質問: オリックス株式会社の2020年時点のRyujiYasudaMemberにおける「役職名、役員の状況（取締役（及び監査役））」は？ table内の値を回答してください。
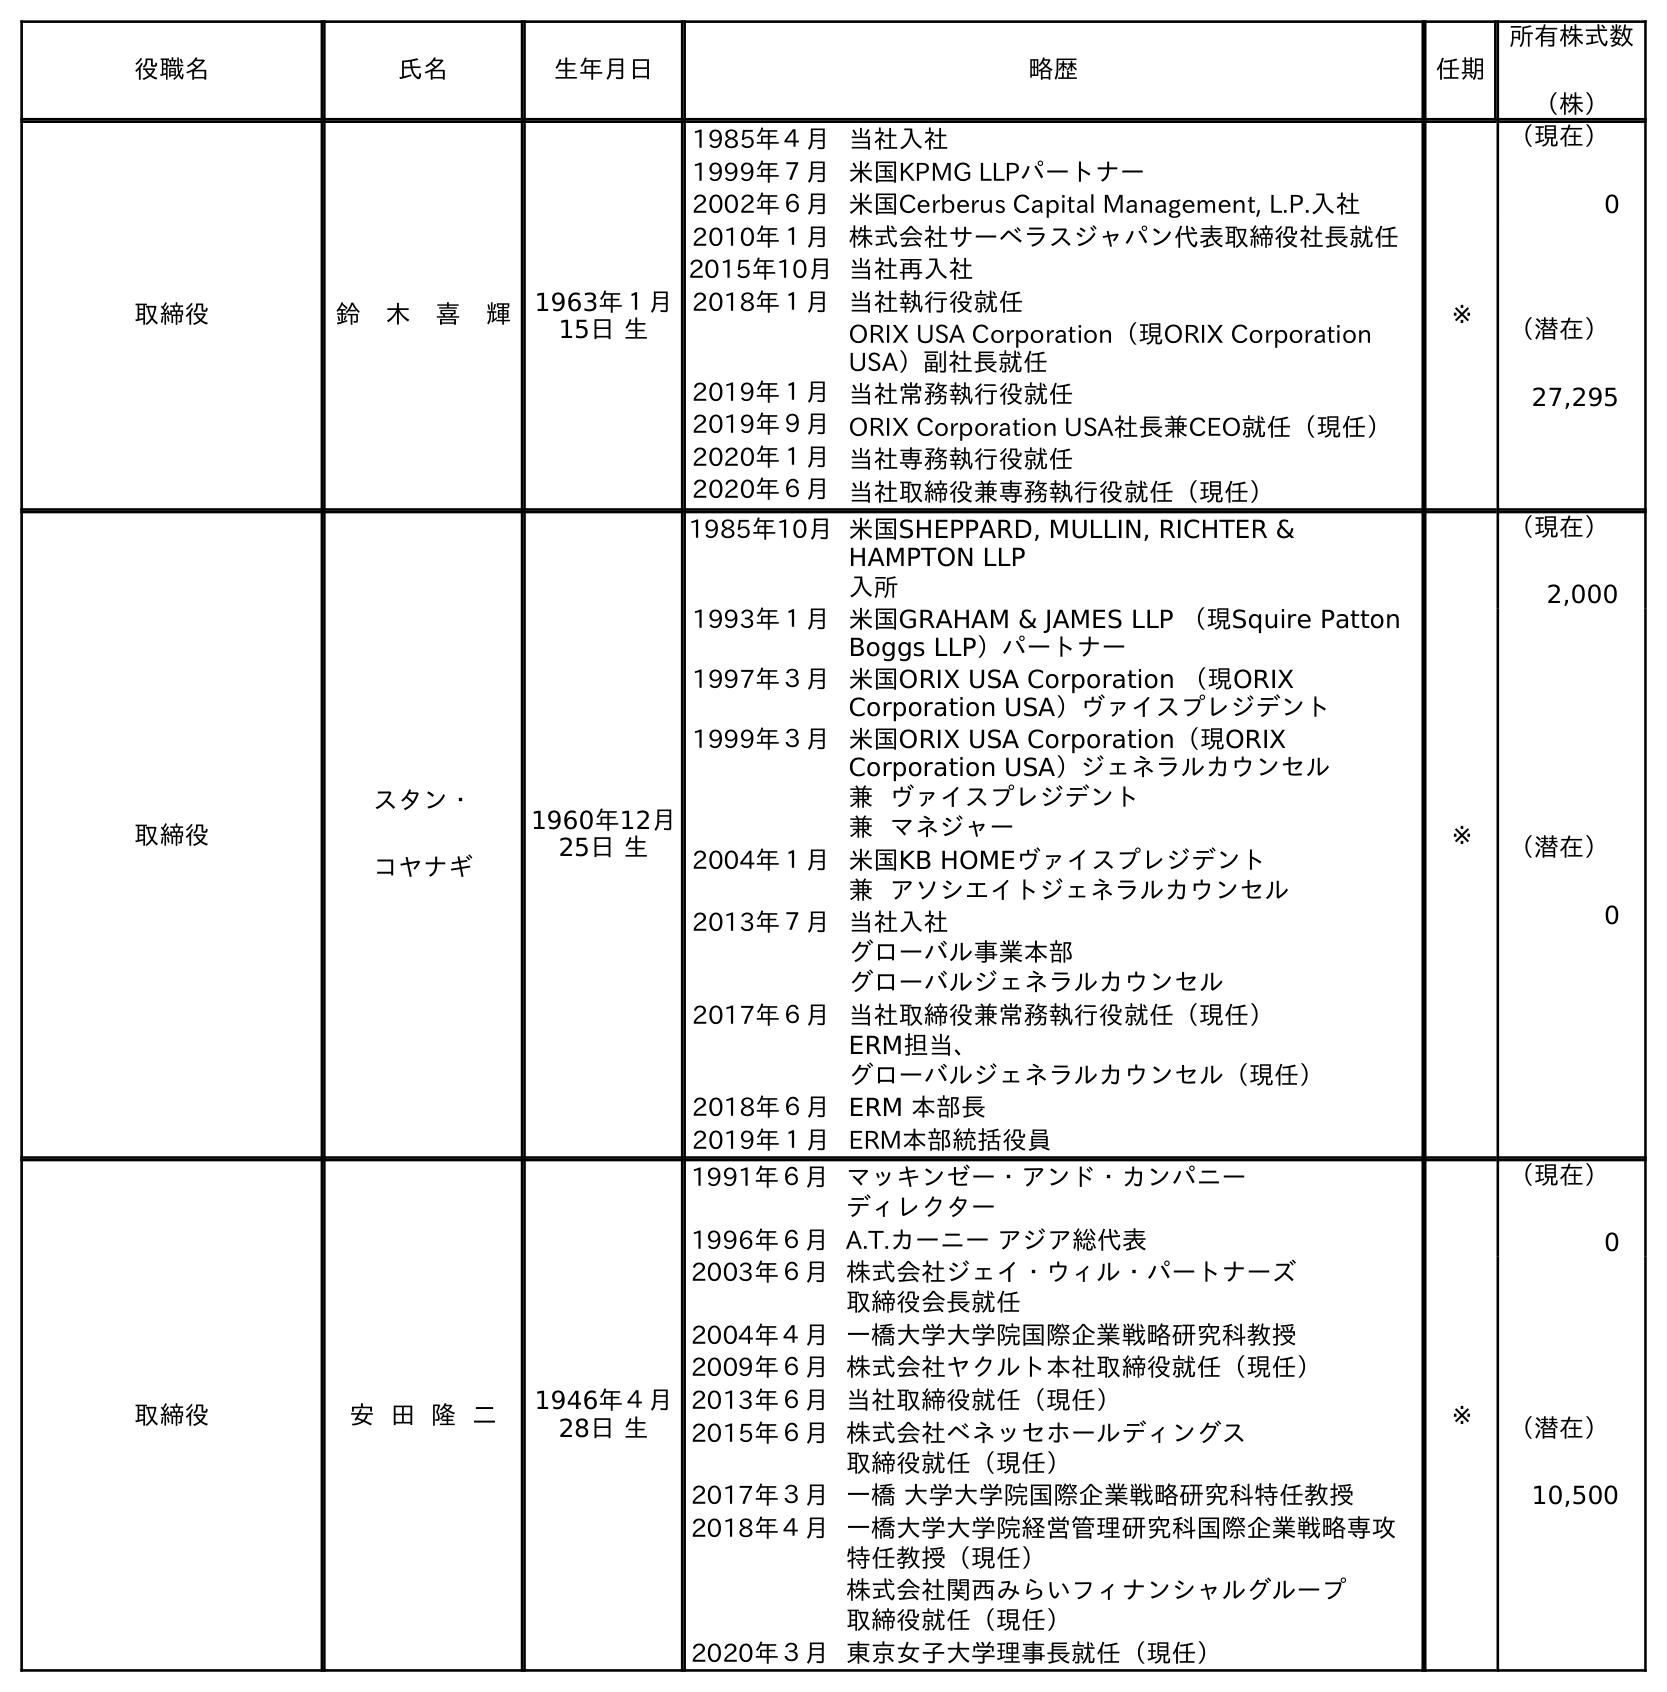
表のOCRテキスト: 役職名 氏名 生年月日 略歴 任期 所有株式数 （株） 取締役 鈴 木 喜 輝 1963年１月 15日 生 1985年４月当社入社 1999年７月米国KPMG LLPパートナー 2002年６月米国Cerberus Capital Management, L.P.入社 2010年１月株式会社サーベラスジャパン代表取締役社長就任 2015年10月当社再入社 2018年１月当社執行役就任 ORIX USA Corporation（現ORIX Corporation USA）副社長就任 2019年１月当社常務執行役就任 2019年９月ORIX Corporation USA社長兼CEO就任（現任） 2020年１月当社専務執行役就任 2020年６月当社取締役兼専務執行役就任（現任） ※ （現在） 0 （潜在） 27,295 取締役 スタン・ コヤナギ 1960年12月 25日 生 1985年10月米国SHEPPARD, MULLIN, RICHTER & HAMPTON LLP 入所 1993年１月米国GRAHAM & JAMES LLP （現Squire Patton Boggs LLP）パートナー 1997年３月米国ORIX USA Corporation （現ORIX Corporation USA）ヴァイスプレジデント 1999年３月米国ORIX USA Corporation（現ORIX Corporation USA）ジェネラルカウンセル 兼 ヴァイスプレジデント 兼 マネジャー 2004年１月米国KB HOMEヴァイスプレジデント 兼 アソシエイトジェネラルカウンセル 2013年７月当社入社 グローバル事業本部 グローバルジェネラルカウンセル 2017年６月当社取締役兼常務執行役就任（現任） ERM担当、 グローバルジェネラルカウンセル（現任） 2018年６月ERM 本部長 2019年１月ERM本部統括役員 ※ （現在） 2,000 （潜在） 0 取締役 安 田 隆 二 1946年４月 28日 生 1991年６月マッキンゼー・アンド・カンパニー ディレクター 1996年６月A.T.カーニー アジア総代表 2003年６月株式会社ジェイ・ウィル・パートナーズ 取締役会長就任 2004年４月一橋大学大学院国際企業戦略研究科教授 2009年６月株式会社ヤクルト本社取締役就任（現任） 2013年６月当社取締役就任（現任） 2015年６月株式会社ベネッセホールディングス 取締役就任（現任） 2017年３月一橋 大学大学院国際企業戦略研究科特任教授 2018年４月一橋大学大学院経営管理研究科国際企業戦略専攻 特任教授（現任） 株式会社関西みらいフィナンシャルグループ 取締役就任（現任） 2020年３月東京女子大学理事長就任（現任） ※ （現在） 0 （潜在） 10,500
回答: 取締役